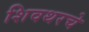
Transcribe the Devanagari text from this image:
शिवथरचे